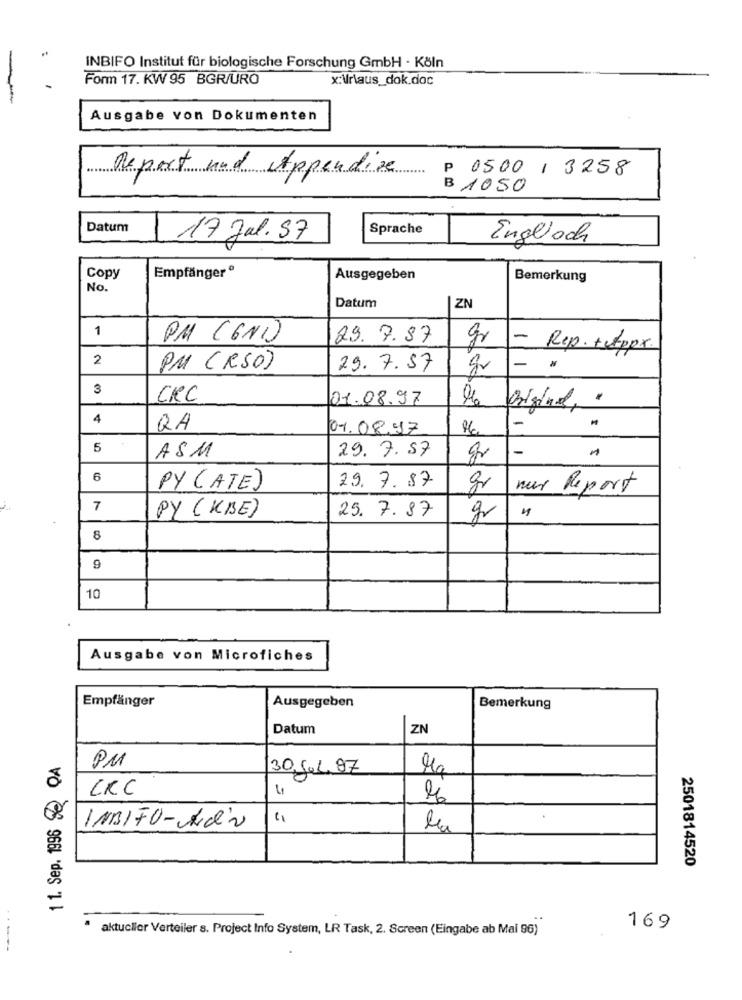
INBIFO Institut für biologische Forschung GmbH - Köln
Form 17. KW 95 BGR/URO
x:\r\aus_dok.doc
Ausgabe von Dokumenten
P 0500/ 3258
Report and Appendice
B 1050
Datum
Sprache
17 Jal. 57
Englisch
Empfänger º
Copy
Ausgegeben
Bemerkung
No.
Datum
ZN
1
PM (GND)
29. 7.87
gr
- Rep. +Appx.
2
PM (RSO)
29.7. 57
-
3
CRC
01.08.97
Original, "
4
QA
01.08.17
5
29. 7.57
-
ASM
gr
6
29. 7. 87
PY (ATE)
gr
nur
Report
7
25. 7. 87
PY (KBE)
gr
8
9
10
Ausgabe von Microfiches
Empfänger
Ausgegeben
Bemerkung
Datum
ZN
1 1. Sep. 1996 QA
PM
30, Jel, 97
CRC
INBIFO-Adv
2501814520
aktueller Verteiler s. Project Info System, LR Task, 2. Screen (Eingabe ab Mai 96)
169
-